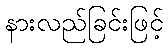
နားလည်ခြင်းဖြင့်